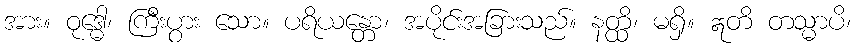
အား။ ဝုဒ္ဓေါ၊ ကြီးပွား သော။ ပရိယန္တော၊ အပိုင်းအခြားသည်။ နတ္ထိ၊ မရှိ။ ဣတိ တသ္မာပိ၊